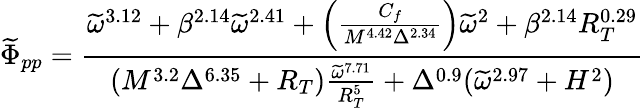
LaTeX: \widetilde\Phi_{pp}=\frac{\widetilde\omega^{3.12}+\beta^{2.14}\widetilde\omega^{2.41}+\left(\frac{C_{f}}{M^{4.42}\Delta^{2.34}}\right)\widetilde\omega^{2}+\beta^{2.14}R_{T}^{0.29}}{(M^{3.2}\Delta^{6.35}+R_{T})\frac{\widetilde\omega^{7.71}}{R_{T}^{5}}+\Delta^{0.9}(\widetilde\omega^{2.97}+H^{2})}